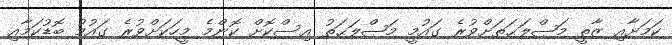
ކަމަށާއި ޒާތީ މަޞްލަޙަތަށްވުރެ ގައުމީ މަޞްލަޙަތު އިސްކޮށް ކޮންމެ މީހަކަށްވުރެ ގައުމު ބޮޑުކަމާއި